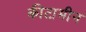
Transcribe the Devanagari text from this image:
कीटामीन